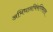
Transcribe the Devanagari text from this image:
अभिधानचिंमणिमाला